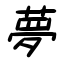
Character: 夢